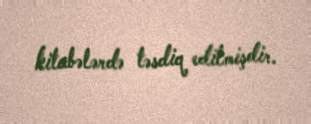
kitabələrdə təsdiq edilmişdir.